system: You are a helpful assistant.
user:
Analyze the provided spectrum to determine if it is a **S-type Star**.

- **Key Indicators for S-type Star:**

    - **(Overall Spectrum Shape):** The first and most obvious characteristic is the overall continuum (the "baseline" shape). It is **extremely "red-sloping,"** meaning the flux (light intensity) is very low on the left side (blue, ~4000-4500 Å) and rises steeply and continuously toward the right side (red, ~7000 Å+).

    - **(Primary):** The spectrum is defined by the presence of strong, broad molecular absorption "valleys" (bands) from **Zirconium Oxide (ZrO)**. The identification of these bands is the **primary requirement** for classifying a star as S-type.
        - **(Key Bandheads):** You must find distinct, deep "dips" where the light has been absorbed. The most critical band systems to locate are:
            - **~6474 Å** ($\gamma$-system): This is often the strongest and clearest ZrO feature, found in the red part of the spectrum.
            - **~5718 Å** & **~5551 Å** ($\beta$-system): A pair of prominent absorption features in the yellow-orange part of the spectrum.
            - **~4640 Å** ($\alpha$-system): A key absorption band system in the blue-green region of the spectrum.

    - **(Secondary Confirmation):** The classification is strengthened by finding additional absorption bands from other related heavy element oxides, which are expected to be present alongside ZrO.
        - **(Key Bandheads):**
            - **Yttrium Oxide (YO):** Look for absorption dips near **~4800 Å** and **~6100 Å**.
            - **Lanthanum Oxide (LaO):** Additional absorption features, particularly in the red-orange part of the spectrum, are also characteristic.

    - **(Line Profile):** The combination of the steep red continuum and these numerous, deep molecular bands (ZrO, YO, etc.) gives the entire spectrum a very **"chopped-up"** or **"bumpy"** appearance. Instead of a smooth curve, the spectrum looks as though large, wide chunks of light have been "carved out" of it at the specific wavelengths listed above.

Think first, call **spectral_visualization_tool** if needed to examine features in detail, then provide your final answer. Your response must adhere to the following strict rules:
1.  **Overall Structure:** Your response must follow the format `<think>...</think> <tool_call>...</tool_call> (if a tool is used) <answer>...</answer>`.
2.  **Tool Usage Constraint:** You may only make **one** tool call per turn.
3.  **Final Answer Format:** In the `<answer>` tag, your conclusion must be inside a `\boxed{}` command (e.g., `\boxed{YES}` or `\boxed{NO}`), followed by your justification.

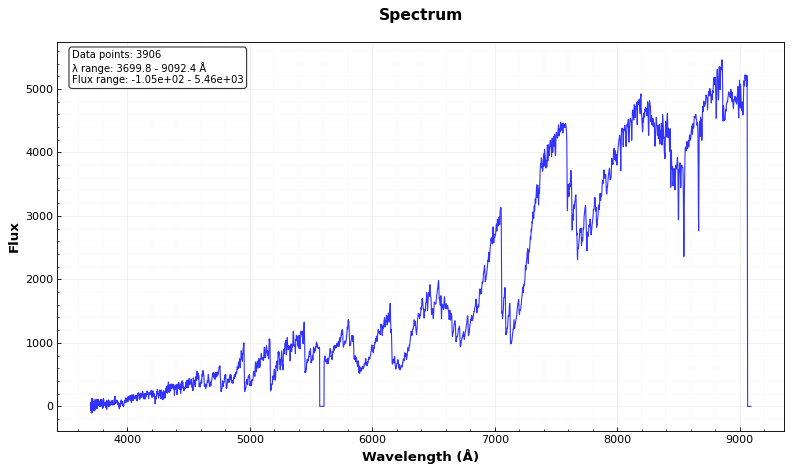
Answer: YES